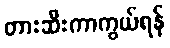
တားဆီးကာကွယ်ရန်